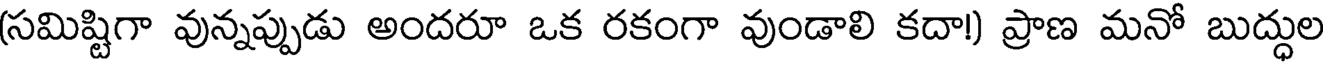
(సమిష్టిగా వున్నప్పుడు అందరూ ఒక రకంగా వుండాలి కదా) ప్రాణ మనో బుద్ధుల